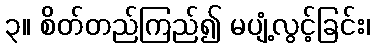
၃။ စိတ်တည်ကြည်၍ မပျံ့လွင့်ခြင်း၊